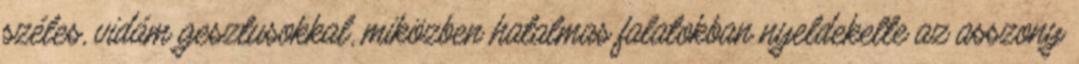
széles, vi­dám gesztu­sokkal, miközben hatalmas falatokban nyeldekelte az asszony